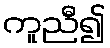
ကူညီ၍